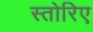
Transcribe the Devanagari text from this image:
स्तोरिए